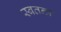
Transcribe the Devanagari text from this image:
स्बतन्त्र